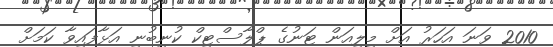
2010 ވަނަ އަހަރު އަށް މިލިއަން ޓަނުގެ ޕްލާސްޓިކް ކުނިބުނި އަޅާފައިވާ ކަމަށް